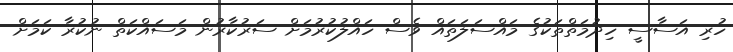
ހުރި އަސާސީ ހިދުމަތްތަކުގެ މައްސަލަތައް ވެސް ހައްލުކުރުމަށް ސަރުކާރުން މަސައްކަތް ނުކުރާ ކަމަށް